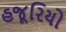
હજૂરિયો